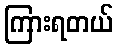
ကြားရတယ်